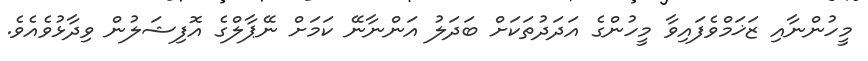
މީހުންނާއި ޒަޚަމްވެފައިވާ މީހުންގެ އަދަދުތަކަށް ބަދަލު އަންނާނޭ ކަމަށް ނޭޕާލްގެ އޮފިޝަލުން ވިދާޅުވެއެވެ.